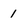
Character: 1